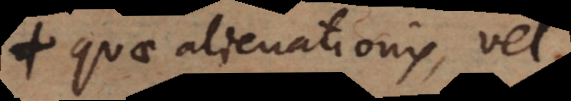
quae alienationis, vel